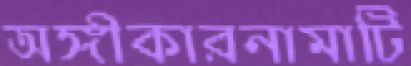
অঙ্গীকারনামাটি